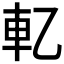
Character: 𰹈